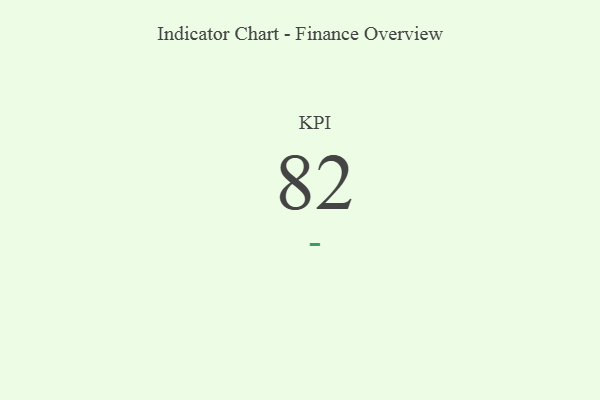
{"axis": {"x": "KPI", "y": "Value"}, "legend": [""], "data": [{"x": "KPI", "y": 82, "type": ""}]}